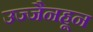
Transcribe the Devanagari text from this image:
उज्जैनहून